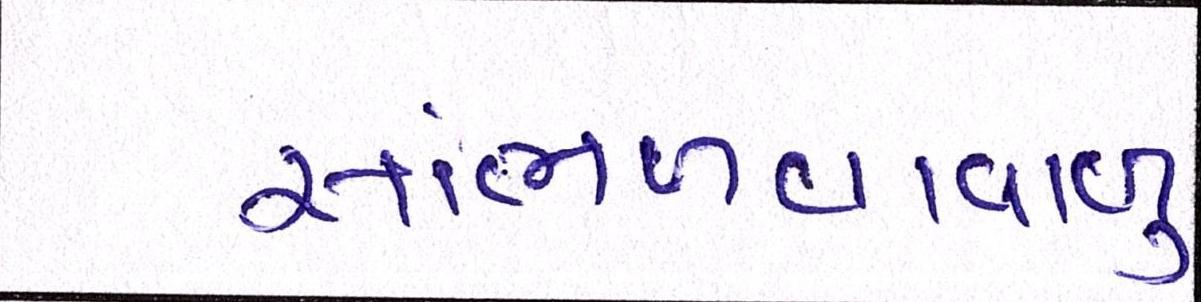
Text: સાંભળવાવાળુ